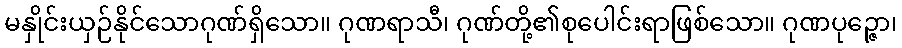
မနှိုင်းယှဉ်နိုင်သောဂုဏ်ရှိသော။ ဂုဏရာသီ၊ ဂုဏ်တို့၏စုပေါင်းရာဖြစ်သော။ ဂုဏပုဉ္ဇော၊